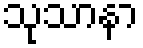
သုသာနာ